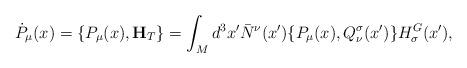
LaTeX: \begin{align*}{}\dot{P}_\mu (x) = \{ P_\mu (x), {\bf H}_T \} = \int_M d^3x' \bar{N}^\nu(x') \{ P_\mu(x), Q^\sigma_\nu (x') \} H^G_\sigma (x'),\end{align*}